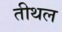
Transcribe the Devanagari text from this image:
तीथल